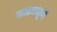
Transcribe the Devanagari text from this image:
नमनधूर्ण